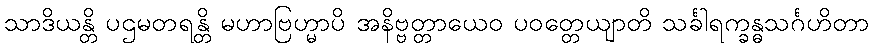
သာဒိယန္တိ ပဌမတရန္တိ မဟာဗြဟ္မာပိ အနိဗ္ဗတ္တာယေဝ ပဝတ္တေယျာတိ သင်္ခါရက္ခန္ဓသင်္ဂဟိတာ